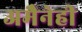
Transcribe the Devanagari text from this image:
अमैनेही